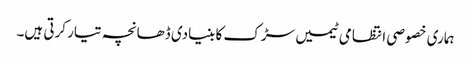
ہماری خصوصی انتظامی ٹیمیں سڑک کا بنیادی ڈھانچہ تیار کرتی ہیں۔